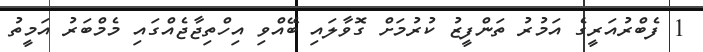
1 ފެބްރުއަރީގެ އަމުރު ތަންފީޒު ކުރުމަށް ގޮވާލަައި ބޭއްވި އިހްތިޖާޖެއްގައި މެމްބަރު އަމީތު